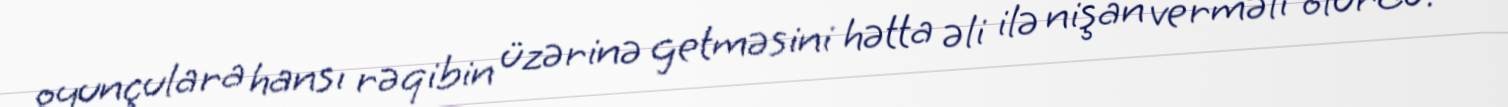
oyunçulara hansı rəqibin üzərinə getməsini hətta əli ilə nişan verməli olurdu.